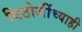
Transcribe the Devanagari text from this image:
विठोजींच्याही